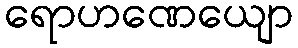
ရောဟဏေယျော